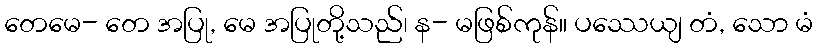
တေမေ- တေ အပြု, မေ အပြုတို့သည်၊ န- မဖြစ်ကုန်။ ပဿေယျ တံ, သော မံ